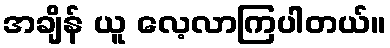
အချိန် ယူ လေ့လာကြပါတယ်။